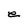
Character: e